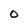
Character: 0